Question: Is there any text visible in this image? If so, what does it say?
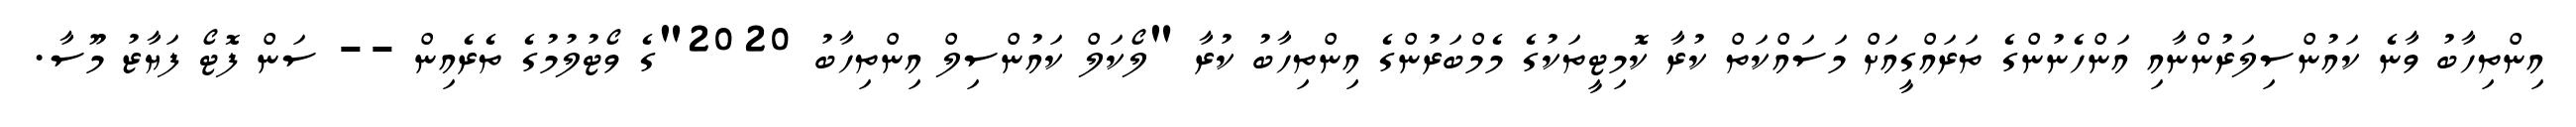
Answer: އިންތިހާބު ވާނެ ކައުންސިލަރުންނާއި އަންހެނުންގެ ތަރައްގީއަށް މަސައްކަތް ކުރާ ކޮމިޓީތަކުގެ މެމްބަރުންގެ އިންތިހާބު ކުރާ "ލޯކަލް ކައުންސިލް އިންތިހާބު 2020"ގެ ވޯޓުލުމުގެ ތެރެއިން -- ސަން ފޮޓޯ ފަޔާޒު މޫސާ.